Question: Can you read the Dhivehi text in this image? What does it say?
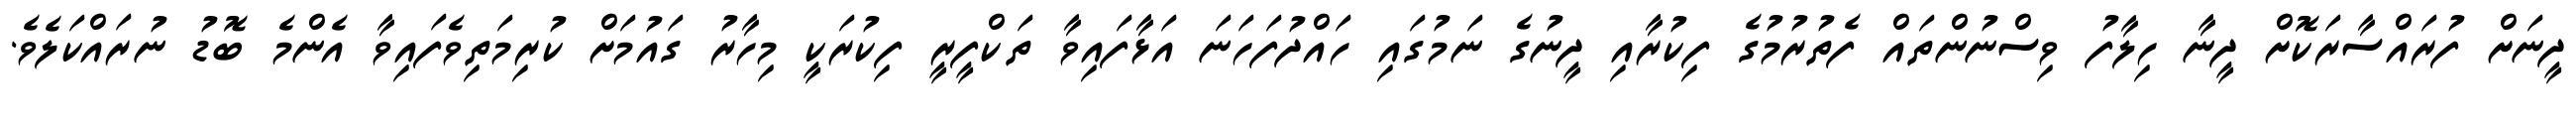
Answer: ދީނަށް ފުރައްސާރަކޮށް ދީނާ ހިލާފު ވިސްނުންތައް ފެތުރުމުގެ ފިކުރާއި ދީނުގެ ނަމުގައި ހައްދުފަހަނަ އަޅާފައިވާ ތަކްފީރީ ފިކުރަކީ މިހާރު ގައުމަށް ކުރިމަތިވެފައިވާ އެންމެ ބޮޑު ނުރައްކަލެވެ.